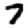
Digit: 7